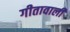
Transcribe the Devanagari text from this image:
गीतावाली